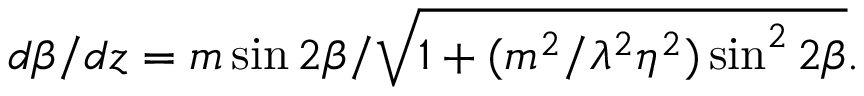
d \beta / d z = { m \sin 2 \beta } / \sqrt { 1 + ( m ^ { 2 } / \lambda ^ { 2 } \eta ^ { 2 } ) \sin ^ { 2 } 2 \beta } .